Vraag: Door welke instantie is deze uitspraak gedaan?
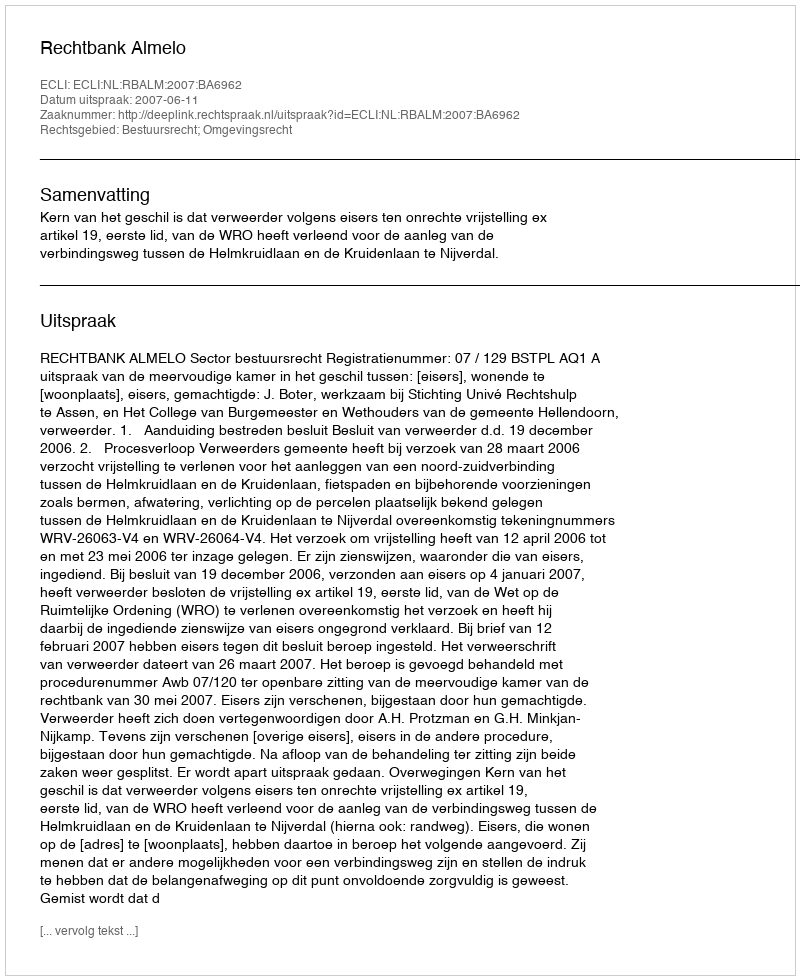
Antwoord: Rechtbank Almelo